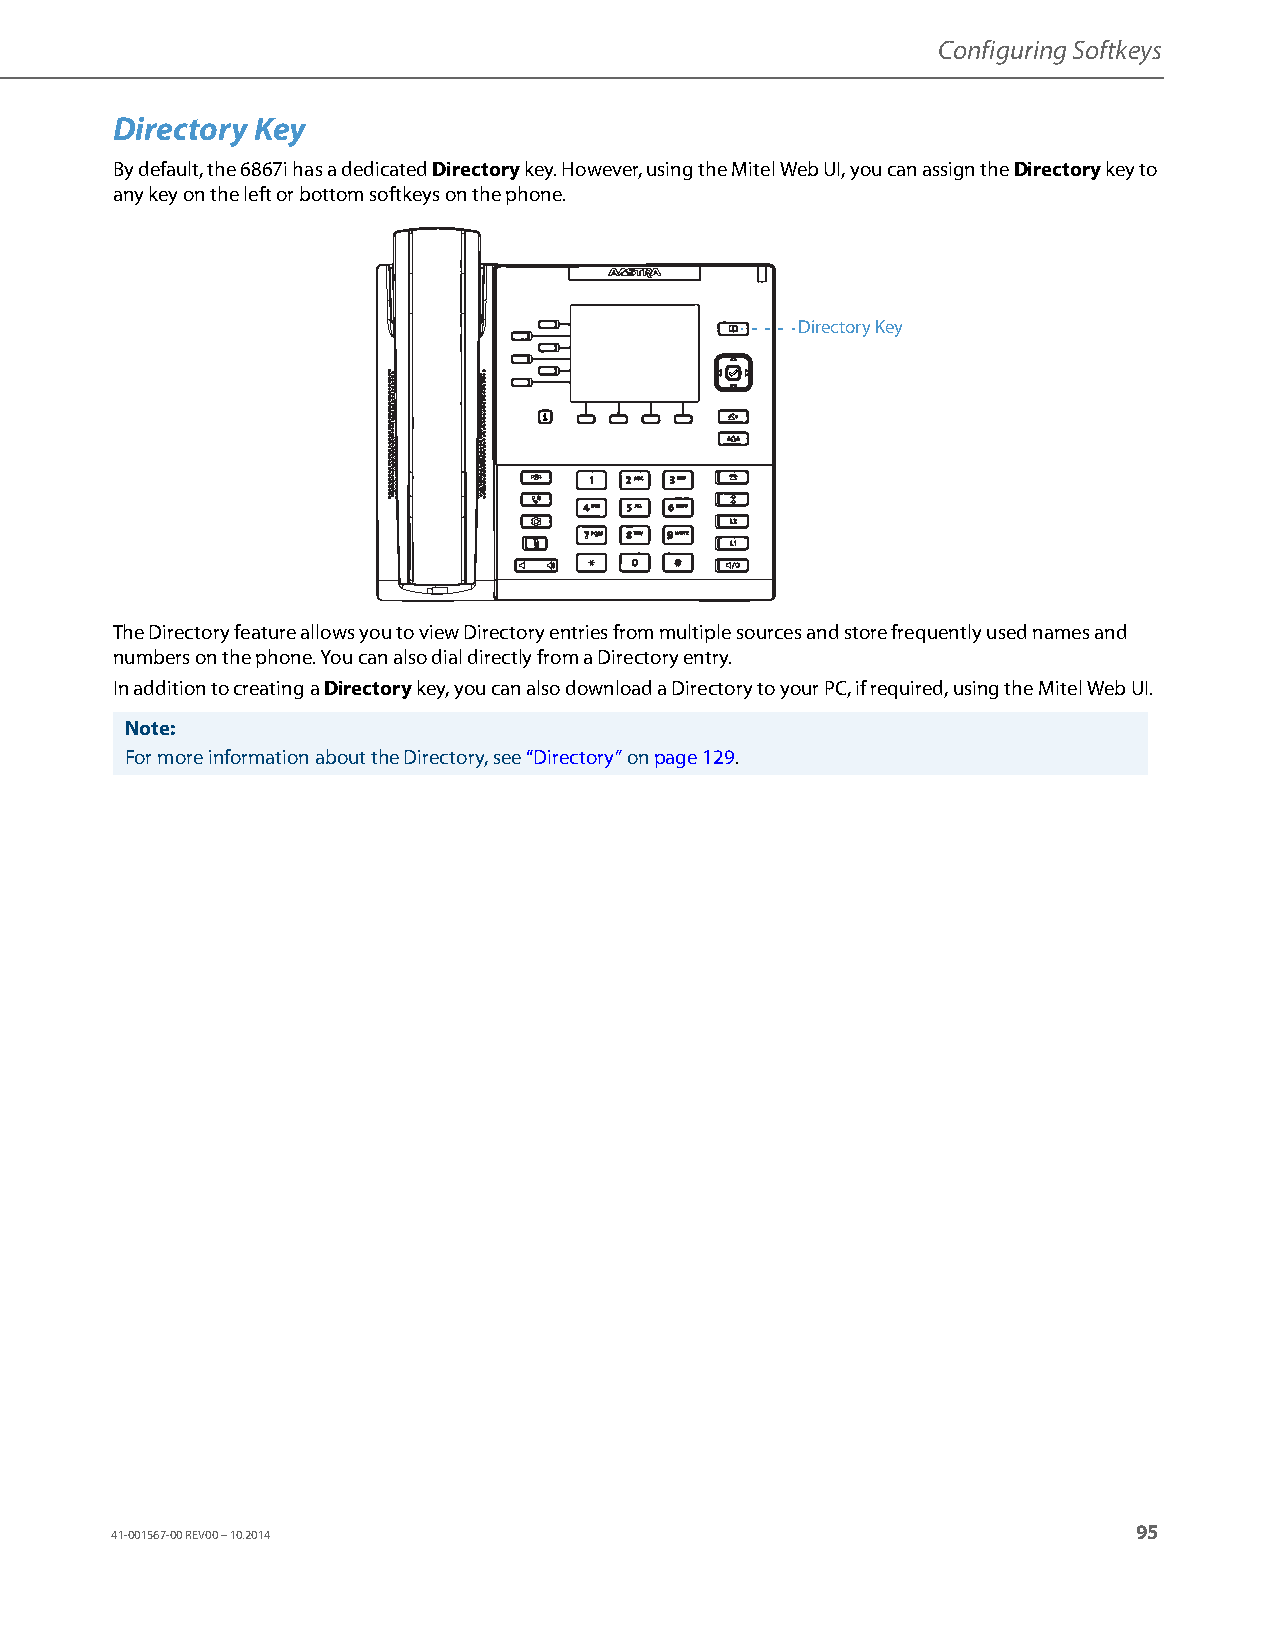
Configuring Softkeys
 Directory Key
 By default, the 6867i has a dedicated Directory key. However, using the Mitel Web UI, you can assign the Directory key to
 any key on the left or bottom softkeys on the phone.
 Directory Key
 The Directory feature allows you to view Directory entries from multiple sources and store frequently used names and
 numbers on the phone. You can also dial directly from a Directory entry.
 In addition to creating a Directory key, you can also download a Directory to your PC, if required, using the Mitel Web UI.
 Note:
 For more information about the Directory, see “Directory” on page129.
 95
 41-001567-00 REV00 – 10.2014